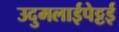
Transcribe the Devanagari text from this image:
उदुमलाईपेट्टई